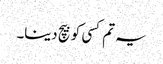
یہ تم کسی کو بیچ دینا۔